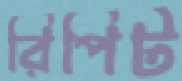
রিপিট